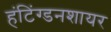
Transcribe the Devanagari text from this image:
हंटिंग्डनशायर